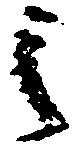
之